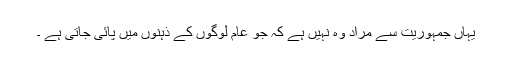
یہاں جمہوریت سے مراد وہ نہیں ہے کہ جو عام لوگوں کے ذہنوں میں پائی جاتی ہے ۔